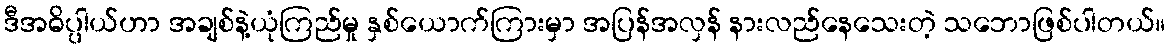
ဒီအဓိပ္ပါယ်ဟာ အချစ်နဲ့ယုံကြည်မှု နှစ်ယောက်ကြားမှာ အပြန်အလှန် နားလည်နေသေးတဲ့ သဘောဖြစ်ပါတယ်။